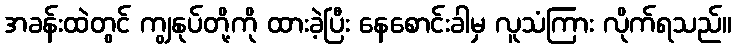
အခန်းထဲတွင် ကျွနုပ်တို့ကို ထားခဲ့ပြီး နေစောင်းခါမှ လူသံကြား လိုက်ရသည်။